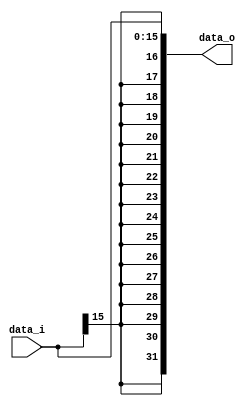

//////////////////////////////////////////////////////////////////////////////////
// student ID: 0516013
// Module Name: Sign_Extends
//////////////////////////////////////////////////////////////////////////////////

module Sign_Extend(
    data_i,
    data_o
    );
               
//I/O ports
input   [16-1:0] data_i;
output  [32-1:0] data_o;

//Internal Signals
reg     [32-1:0] data_o;

//Sign extended
always@(*)begin
    data_o[31]<=data_i[15];
    data_o[30]<=data_i[15];
    data_o[29]<=data_i[15];
    data_o[28]<=data_i[15];
    data_o[27]<=data_i[15];
    data_o[26]<=data_i[15];
    data_o[25]<=data_i[15];
    data_o[24]<=data_i[15];
    data_o[23]<=data_i[15];
    data_o[22]<=data_i[15];
    data_o[21]<=data_i[15];
    data_o[20]<=data_i[15];
    data_o[19]<=data_i[15];
    data_o[18]<=data_i[15];
    data_o[17]<=data_i[15];
    data_o[16]<=data_i[15];
    data_o[15:0]<=data_i[15:0];
end
endmodule